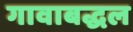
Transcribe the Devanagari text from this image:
गावाबद्धल